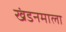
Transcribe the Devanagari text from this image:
खंडनमाला